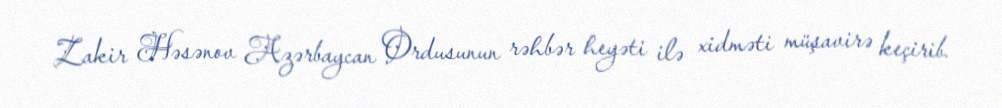
Zakir Həsənov Azərbaycan Ordusunun rəhbər heyəti ilə xidməti müşavirə keçirib.